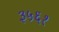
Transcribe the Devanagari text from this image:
३५६१